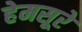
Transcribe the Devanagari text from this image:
हेमसूरे